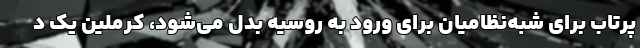
پرتاب برای شبه‌نظامیان برای ورود به روسیه بدل می‌شود، کرملین یک د